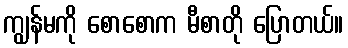
ကျွန်မကို စောစောက မီစာတို ပြောတယ်။